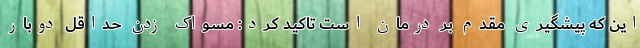
این که پیشگیری مقدم بر درمان است تاکید کرد: مسواک زدن حداقل دوبار